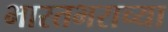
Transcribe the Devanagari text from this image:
भारतभराच्‍या